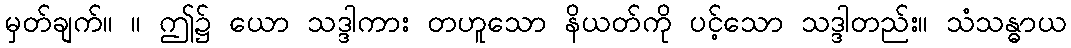
မှတ်ချက်။ ။ ဤ၌ ယော သဒ္ဒါကား တဟူသော နိယတ်ကို ပင့်သော သဒ္ဒါတည်း။ သံသန္ဓာယ